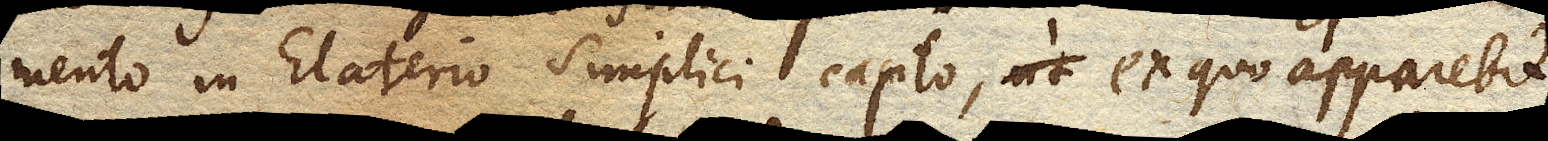
mento in Elaterio simplici capto, ex quo apparebit